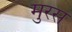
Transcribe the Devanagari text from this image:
मुरस